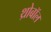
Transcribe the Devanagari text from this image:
थ्रोबॉल